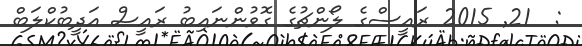
:  21